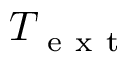
T _ { \mathrm { ~ e ~ x ~ t ~ } }